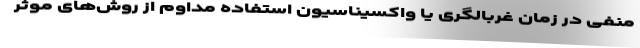
منفی در زمان غربالگری یا واکسیناسیون استفاده مداوم از روش‌های موثر